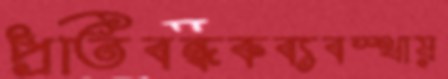
প্রতিবন্ধকব্যবস্থায়